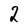
Character: 2